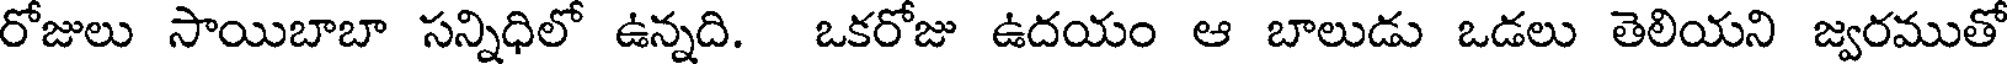
రోజులు సాయిబాబా సన్నిధిలో ఉన్నది. ఒకరోజు ఉదయం ఆ బాలుడు ఒడలు తెలియని జ్వరముతో